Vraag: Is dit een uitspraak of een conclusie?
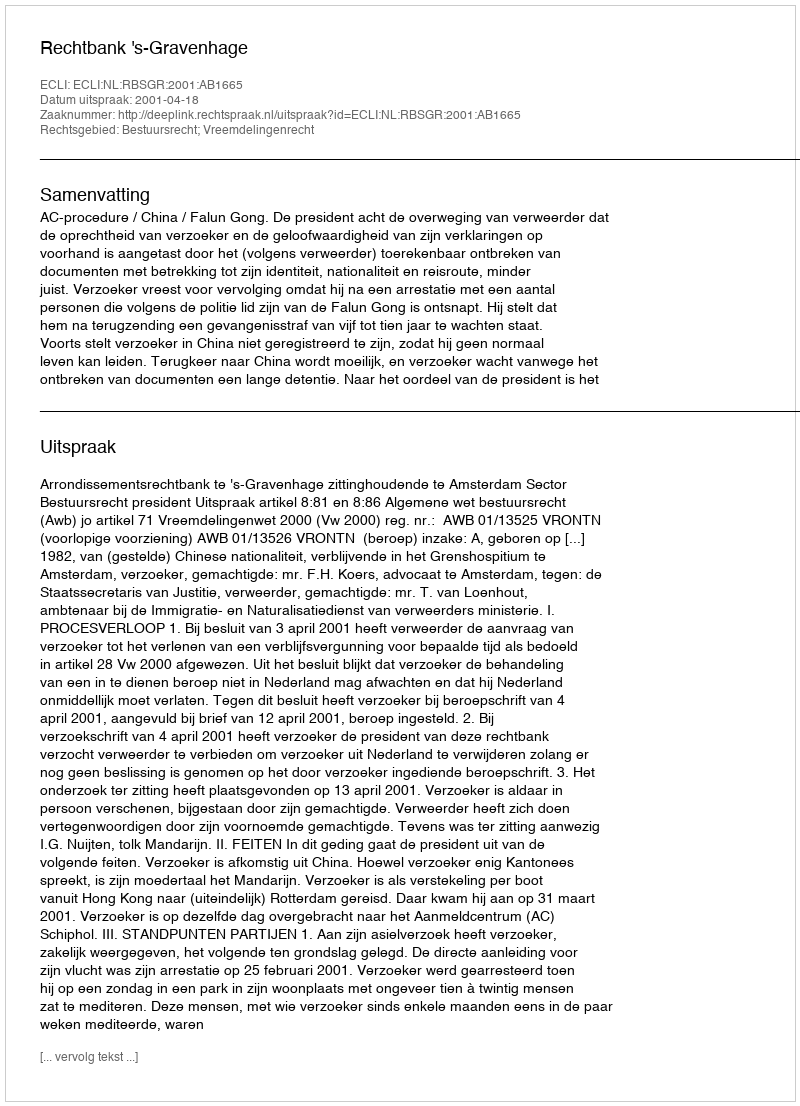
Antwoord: Uitspraak